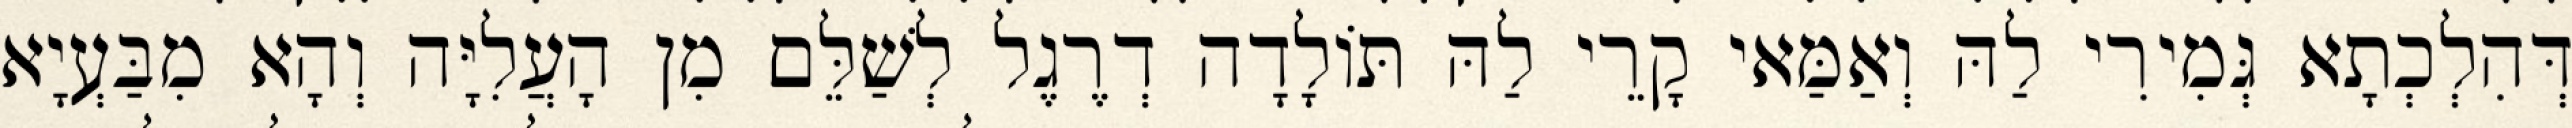
דְּהִלְכְתָא גְּמִירִי לַהּ וְאַמַּאי קָרֵי לַהּ תּוֹלָדָה דְרֶגֶל לְשַׁלֵּם מִן הָעֲלִיָּה וְהָא מִבַּעְיָא